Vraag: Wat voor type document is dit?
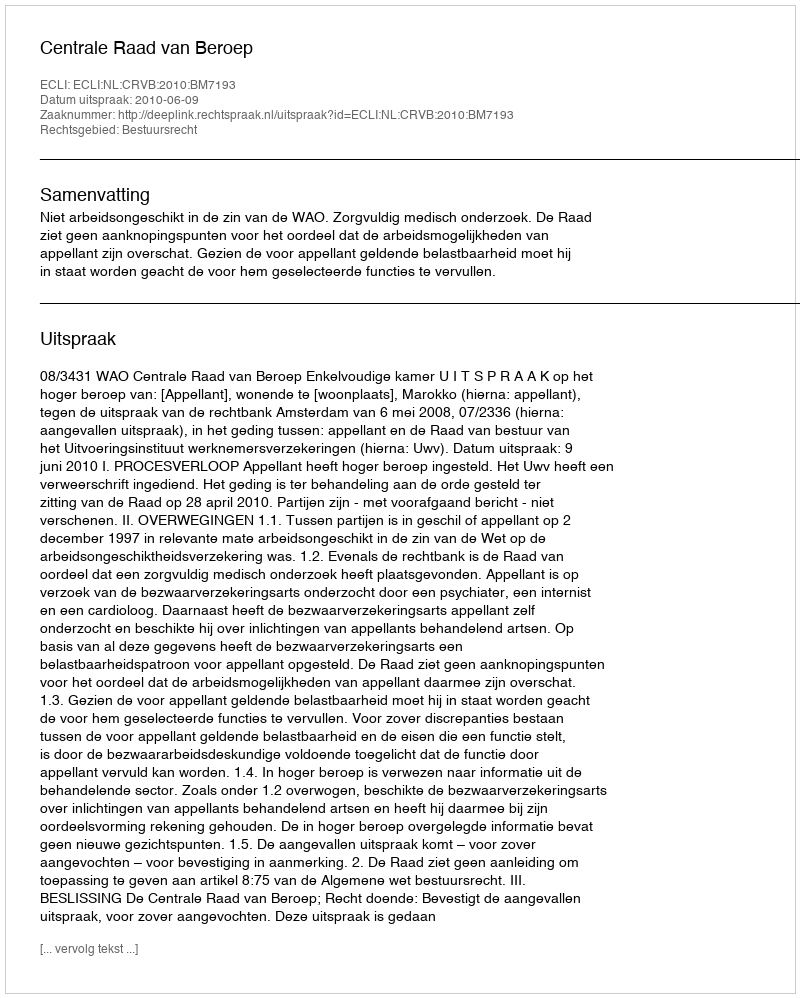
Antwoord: Uitspraak